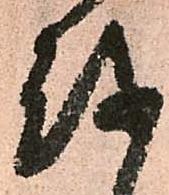
越